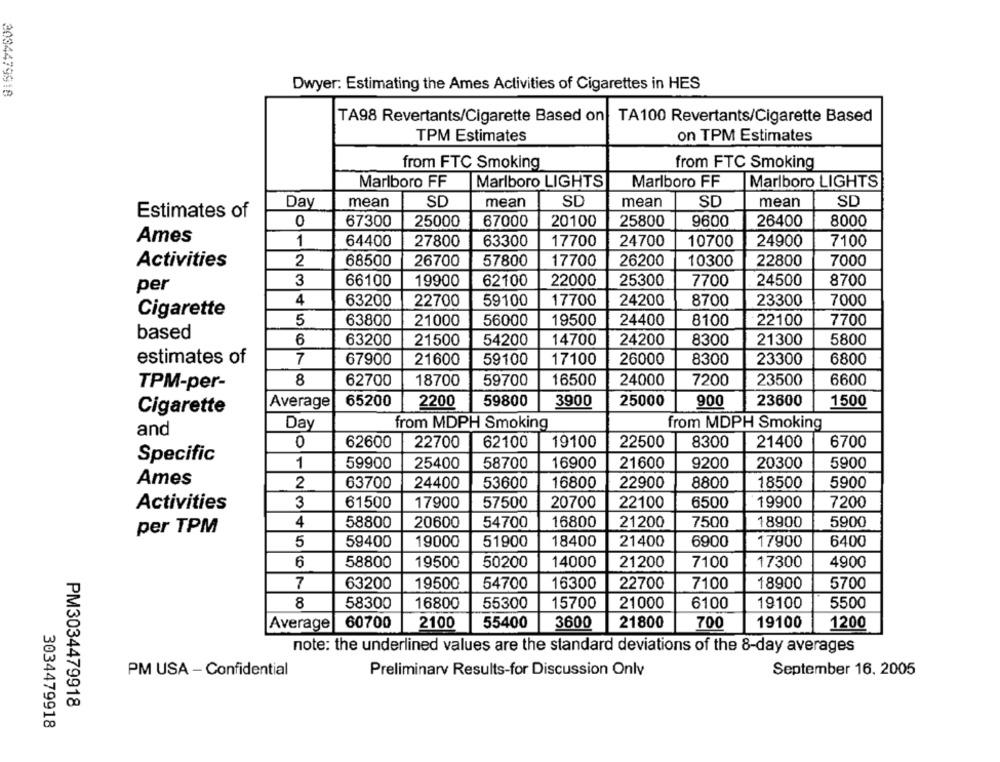
3034479918
Dwyer: Estimating the Ames Activities of Cigarettes in HES
TA98 Revertants/Cigarette Based on TA100 Revertants/Cigarette Based
TPM Estimates
on TPM Estimates
from FTC Smoking
from FTC Smoking
Marlboro FF
Marlboro LIGHTS
Marlboro FF
Marlboro LIGHTS
Day
mean
SC
mean
SC
mean
SD
mean
SD
Estimates of
0
67300
25000
67000
20100
25800
9600
26400
8000
Ames
1
64400
27800
63300
17700
24700
10700
24900
7100
Activities
2
68500
26700
57800
17700
26200
10300
22800
7000
3
66100
19900
62100
22000
25300
7700
24500
8700
per
4
63200
22700
59100
17700
24200
8700
23300
7000
Cigarette
5
63800
21000
56000
19500
24400
8100
22100
7700
based
6
63200
21500
54200
14700
24200
8300
21300
5800
estimates of
7
67900
21600
59100
17100
26000
8300
23300
6800
8
62700
59700
16500
24000
7200
23500
6600
TPM-per-
18700
Average
65200
2200
59800
3900
25000
900
23600
1500
Cigarette
Day
from MDPH Smoking
from MDPH Smoking
and
0
62600
22700
62100
19100
22500
8300
21400
6700
Specific
1
59900
25400
58700
16900
21600
9200
20300
5900
Ames
2
63700
24400
53600
16800
22900
8800
18500
5900
61500
20700
22100
6500
19900
Activities
3
17900
57500
7200
4
58800
20600
54700
16800
21200
7500
18900
5900
per TPM
18400
5
59400
19000
51900
21400
6900
17900
6400
6
58800
19500
50200
14000
21200
7100
17300
4900
7
63200
19500
54700
16300
22700
7100
18900
5700
8
58300
16800
55300
15700
21000
6100
19100
5500
60700
2100
55400
3600
21800
700
19100
1200
Average
note: the underlined values are the standard deviations of the 8-day averages
September 16, 2005
PM USA - Confidential
Preliminary Results-for Discussion Onlv
PM3034479918
3034479918